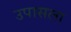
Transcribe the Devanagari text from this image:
उपासला